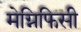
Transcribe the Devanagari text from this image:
मेग्निफिसी